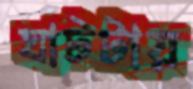
ঘাটটায়